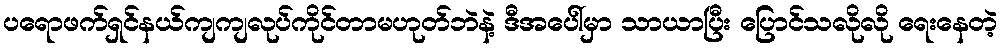
ပရောဖက်ရှင်နယ်ကျကျလုပ်ကိုင်တာမဟုတ်ဘဲနဲ့ ဒီအပေါ်မှာ သာယာပြီး ပြောင်သလိုလို ရေးနေတဲ့